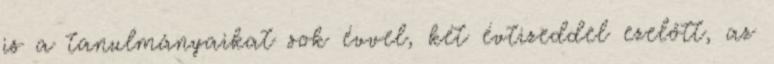
is a tanulmányaikat sok évvel, két évtizeddel ezelőtt, az